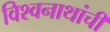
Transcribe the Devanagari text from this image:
विश्वनाथांची